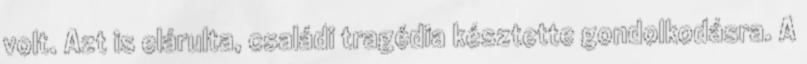
volt. Azt is elárulta, családi tragédia késztette gondolkodásra. A